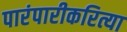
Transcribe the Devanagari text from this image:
पारंपारीकरित्या